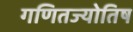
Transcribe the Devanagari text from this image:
गणितज्योतिष